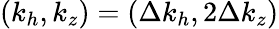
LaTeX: (k_{h},k_{z})=(\Delta k_{h},2\Delta k_{z})